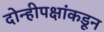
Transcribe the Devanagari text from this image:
दोन्हीपक्षांकडून